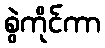
စွဲကိုင်ကာ